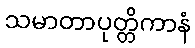
သမာတာပုတ္တိကာနံ